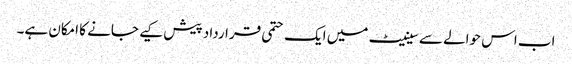
اب اس حوالے سے سینیٹ میں ایک حتمی قرارداد پیش کیے جانے کا امکان ہے۔